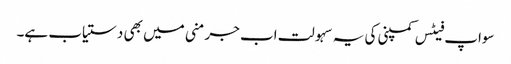
سواپ فیٹس کمپنی کی یہ سہولت اب جرمنی میں بھی دستیاب ہے۔